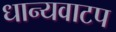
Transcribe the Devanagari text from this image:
धान्यवाटप